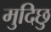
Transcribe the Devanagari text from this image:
मुदिछु